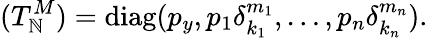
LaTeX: (T_{\mathbb{N}}^{M})=\mathrm{{diag}}(p_{y},p_{1}\delta_{k_{1}}^{m_{1}},\ldots,p_{n}\delta_{k_{n}}^{m_{n}}).